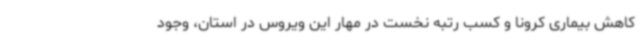
کاهش بیماری کرونا و کسب رتبه نخست در مهار این ویروس در استان، وجود